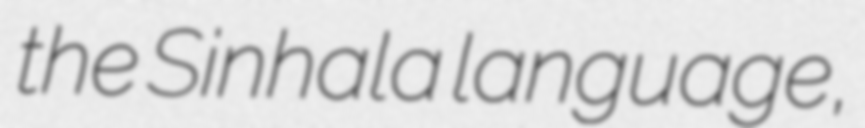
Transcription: the Sinhala language,